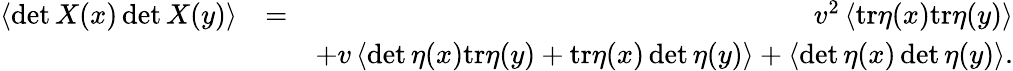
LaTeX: \begin{array}{rlr}{\left\langle\operatorname*{det}X(x)\operatorname*{det}X(y)\right\rangle}&{=}&{v^{2}\left\langle\mathrm{tr}\eta(x)\mathrm{tr}\eta(y)\right\rangle}\\ &{}&{+v\left\langle\operatorname*{det}\eta(x)\mathrm{tr}\eta(y)+\mathrm{tr}\eta(x)\operatorname*{det}\eta(y)\right\rangle+\left\langle\operatorname*{det}\eta(x)\operatorname*{det}\eta(y)\right\rangle.}\end{array}